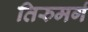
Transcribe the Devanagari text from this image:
तिरुमर्ग